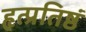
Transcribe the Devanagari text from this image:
हृत्प्रतिष्ठं